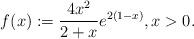
LaTeX: \begin{align*}f(x):=\frac{4x^2}{2+x}e^{2(1-x)}, x>0.\end{align*}